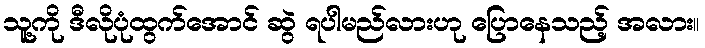
သူ့ကို ဒီလိုပုံထွက်အောင် ဆွဲ ရပါမည်လားဟု ပြောနေသည့် အလား။